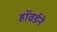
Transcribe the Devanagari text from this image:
हॉवर्डने